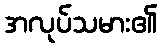
အလုပ်သမား၏